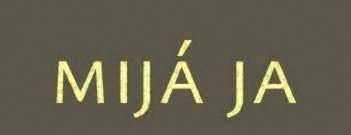
mijá ja